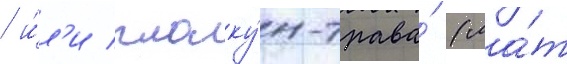
/ и́л'и плаку́н-трава́ (ла́т